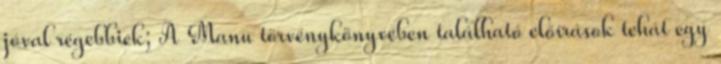
jóval régebbiek; A Manu törvénykönyvében található előírások tehát egy